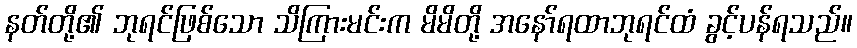
နတ်တို့၏ ဘုရင်ဖြစ်သော သိကြားမင်းက မိမိတို့ အနော်ရထာဘုရင်ထံ ခွင့်ပန်ရသည်။